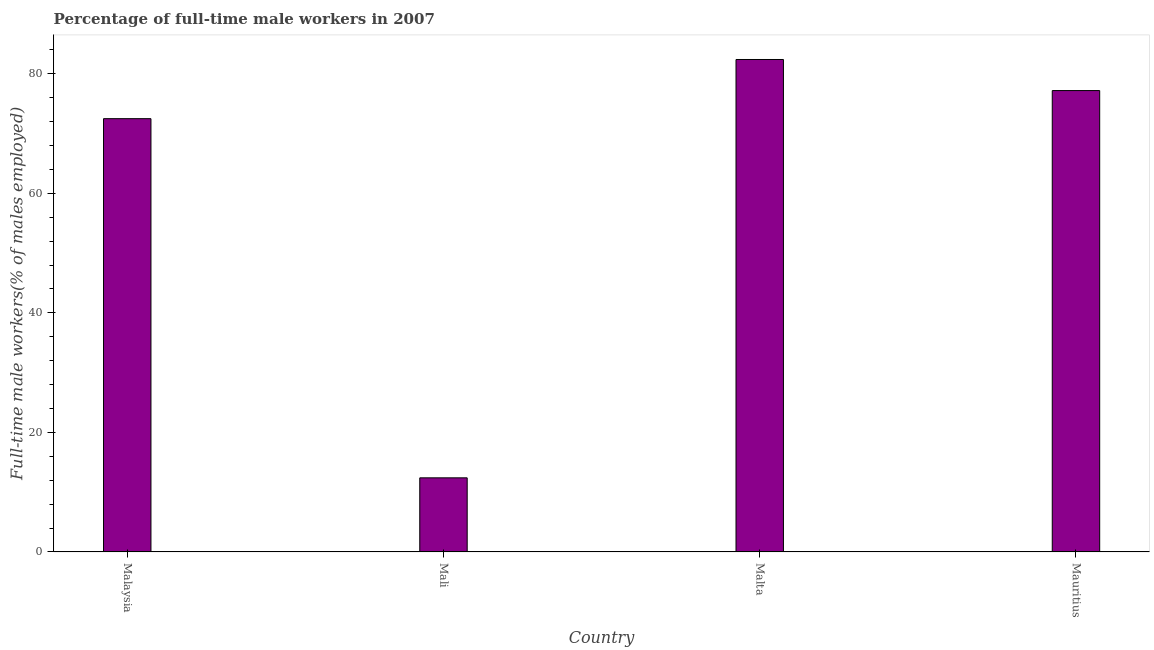
| Country | Wage and salary workers |
 | --- | --- |
 | Malaysia | 72.5 |
 | Mali | 12.4 |
 | Malta | 82.4 |
 | Mauritius | 77.2 |